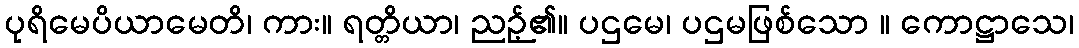
ပုရိမေပိယာမေတိ၊ ကား။ ရတ္တိယာ၊ ညဉ့်၏။ ပဌမေ၊ ပဌမဖြစ်သော ။ ကောဋ္ဌာသေ၊